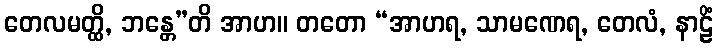
တေလမတ္ထိ, ဘန္တေ”တိ အာဟ။ တတော “အာဟရ, သာမဏေရ, တေလံ, နာဠိံ